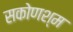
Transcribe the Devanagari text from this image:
सकोणश्म